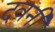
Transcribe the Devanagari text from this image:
दवनी